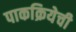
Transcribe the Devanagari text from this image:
पाकक्रियेची